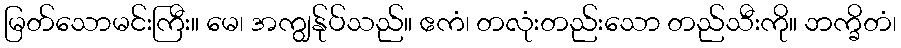
မြတ်သောမင်းကြီး။ မေ၊ အကျွန်ုပ်သည်။ ဧကံ၊ တလုံးတည်းသော တည်သီးကို။ ဘက္ခိတံ၊